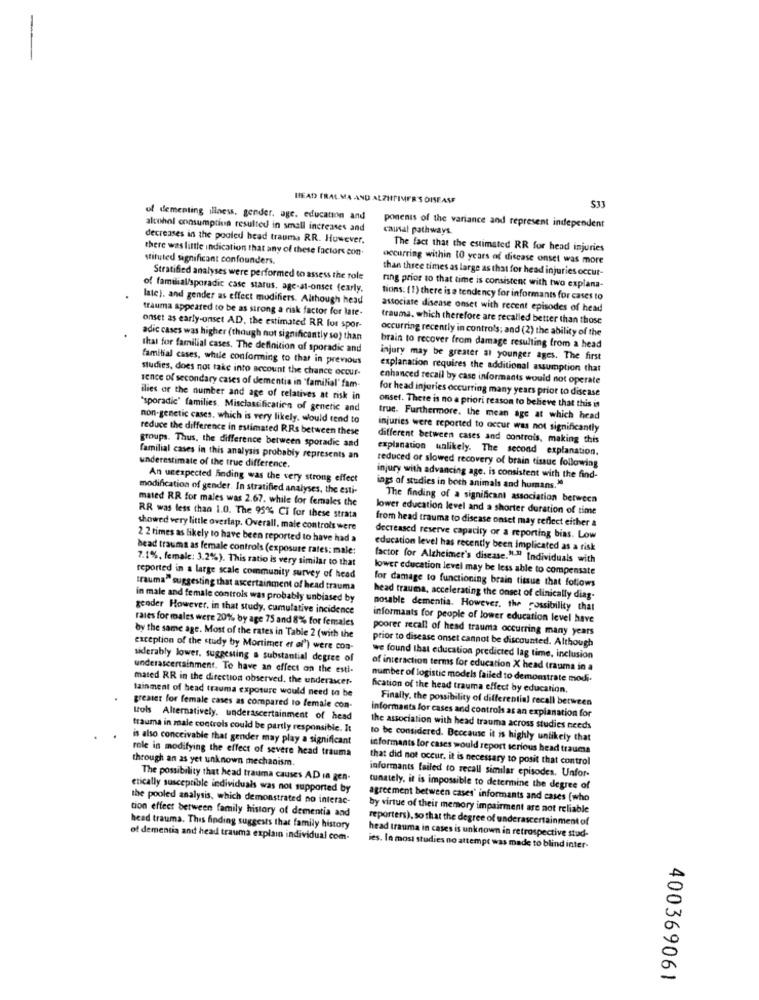
-
HEAD FRAL MA AND ALZHEIMER'S DISEASE
S33
of dementing illness, gender, age, education and
alcohol consumption resulted in small increases and
ponents of the variance and represent independent
causal pathways.
decreases in the pooled head trauma RR. However.
there was little indication that any of these factors con.
The fact that the estimated RR for head injuries
stituted significant confounders.
occurring within 10 years of disease onset was more
than three times as large as that for head injuries occur-
Stratified analyses were performed to assess the role
of familial/sporadic case starus, age-at-onset (early.
ring prior to that time is consistent with two explana-
late), and gender as effect modifiers. Although head
tions: (1) there is a tendency for informants for cases to
trauma appeared to be as strong a risk factor for late-
associate disease onset with recent episodes of head
trauma, which therefore are recalled better than those
onset as early-onset AD, the estimated RR for spor-
occurring recently in controls; and (2) the ability of the
adic cases was higher (though not significantly so) than
that for familial cases. The definition of sporadic and
brain to recover from damage resulting from a head
familial cases, while conforming to that in previous
injury may be greater at younger ages. The first
studies, does not take into account the chance occur-
explanation requires the additional assumption that
enhanced recall by case informants would not operate
sence of secondary cases of dementia in "familial" fam-
for head injuries occurring many years prior to disease
ilies or the number and age of relatives at risk in
"sporadic" families. Misclassification of genetic and
onset. There is no a priori reason to believe that this is
non-genetic cases, which is very likely. would tend to
true. Furthermore. the mean age at which head
reduce the difference in estimated RRs between these
injuries were reported to occur was not significantly
groups. Thus, the difference between sporadic and
different between cases and controis, making this
explanation unlikely. The second explanation.
familial cases in this analysis probably represents an
underestimate of the true difference.
reduced or slowed recovery of brain tissue following
An unexpected finding was the very strong effect
injury with advancing age. is consistent with the find-
modification of gender. In stratified analyses, the esti-
ings of studies in both animals and humans."
mated RR for males was 2.67. while for females the
The finding of a significant association between
lower education level and a shorter duration of time
RR was less than 1.0. The 95% Ci for these strata
from head trauma to discase onset may reflect either a
showed very little overtap. Overall, male controls were
2 2 times as likely to have been reported to have had a
decreased reserve capacity or a reporting bias. Low
bead trauma as female controls (exposure rates: male:
education level has recently been implicated as a risk
7.1%, female: 3.2%). This ratio is very similar to that
factor for Alzheimer's disease."-" Individuals with
lower education level may be less able to compensate
reported in a large scale community survey of head
for damage to functioning brain tissue that follows
trauma" suggesting that ascertainment of head trauma
in male and female controls was probably unbiased by
head trauma, accelerating the onset of clinically diag-
gender However, in that study, cumulative incidence
nosable dementia. However, the possibility that
rates for males were 20% by age 75 and 8% for females
informants for people of lower education level have
poorer recall of head trauma occurring many years
by the same age. Most of the rates in Table 2 (with the
prior to disease onset cannot be discounted. Although
exception of the study by Mortimet et al') were con-
siderably lower, suggesting a substantial degree of
we found that education predicted lag time, inclusion
underascertainment. To have an effect on the esti-
of interaction terms for education X head trauma in a
mated RR in the direction observed, the underascer-
number of logistic models failed to demonstrate modi-
tainment of head trauma exposure would need to be
fication of the head trauma effect by education.
Finally, the possibility of differential recall between
greater for female cases as compared to female con-
tols Alternatively. underascertainment of head
informants for cases and controls as an explanation for
trauma in male controls could be partly responsible. It
the association with head trauma across studies needs
is also conceivable that gender may play a significant
to be considered. Because it is highly unlikely that
role in modifying the effect of severe head trauma
informants for cases would report serious head trauma
through an as yet unknown mechanism.
that did not occur, it is necessary to posit that control
The possibility that head trauma causes AD in gen-
informants failed to recall similar episodes. Unfor-
erically susceptible individuals was not supported by
tunately, it is impossible to determine the degree of
the pooled analysis, which demonstrated no interac-
agreement between cases' informants and cases [who
tion effect between family history of dementia and
by virtue of their memory impairment are not reliable
reporters), so that the degree of underascertainment of
head trauma. This finding suggests that family history
of dementia and head trauma explain individual com-
head trauma in cases is unknown in retrospective stud-
ies. In most studies no attempt was made to blind inter-
400369061